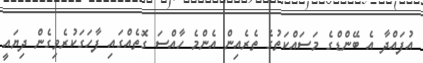
އުފައްދާ އެ ބޭންޑްގެ މަސައްކަތުގެ ތެރެއިން އެންމެ ހާއްސަ ގޮތެއްގައި ފާހަގަކުރެވިގެން ދިޔައީ